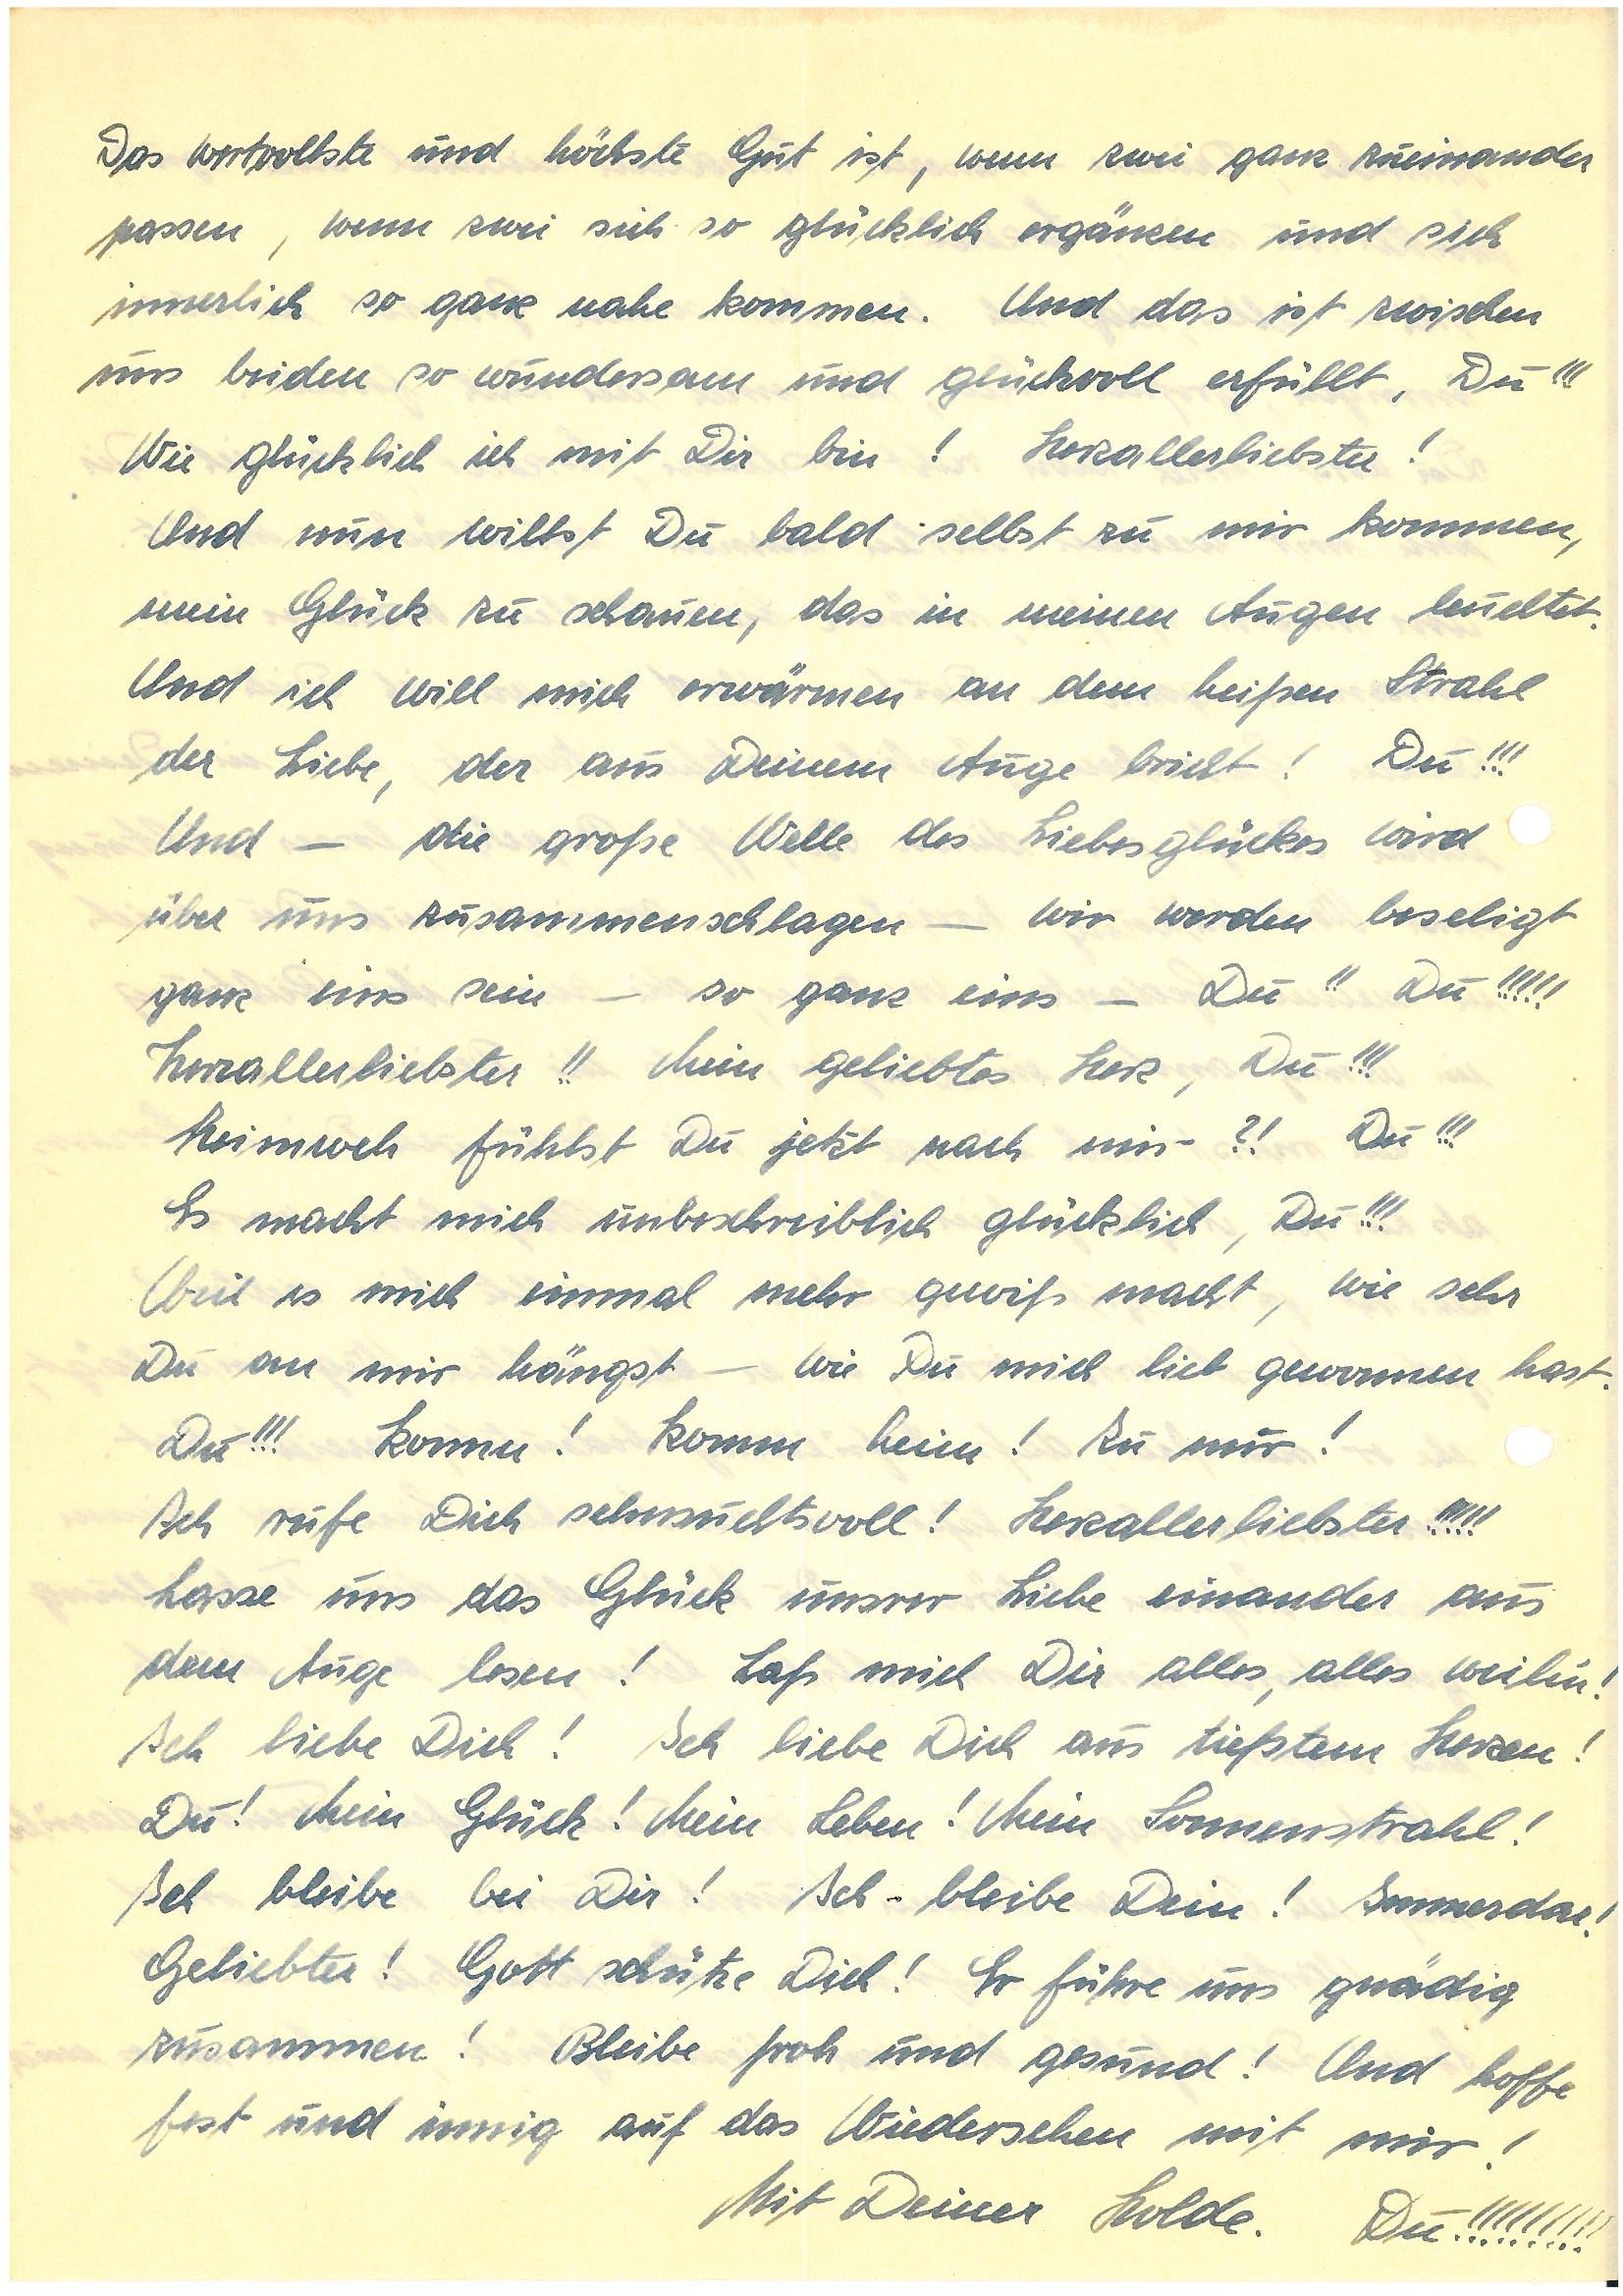
Das wertvollste und höchste Gut ist, wenn zwei ganz zueinander
passen, wenn sie sich glücklich ergänzen und sich
innerlich so ganz nahe kommen. Und das ist zwischen
uns beiden so wundersam und glückvoll erfüllt, Du!!!
Wie glücklich ich mit Dir bin! Herzallerliebster!
Und nun willst Du bald selbst zu mir kommen,
mein Glück zu schauen, das in meinen Augen leuchtet.
Und ich will mich erwärmen an dem heißen Strahl
der Liebe, der aus Deinen Augen bricht! Du!!!
Und – die große Welle des Liebesglückes wird
über uns zusammenschlagen – wir werden
ganz eins – Du!! Du!!!!!
Herzallerliebster!! Mein geliebtes Herz, Du!!!
Heimweh fühlst Du jetzt nach mir?! Du!!!
Es macht mich unbeschreiblich glücklich, Du!!!
Weil es mich einmal mehr gewiß macht, wie sehr
Du an mir hängst – wie Du mich lieb gewonnen hast.
Du!!! Komm! Komm heim! Zu mir!
Ich rufe Dich sehnsuchtsvoll! Herzallerliebster!!!!!
Lasse uns das Glück unsrer Liebe einander aus
den Augen lesen! Laß mich Dir alles, alles weihn‘!
Ich liebe Dich! Ich liebe Dich aus tiefstem Herzen!
Du! Mein Glück! Mein Leben! Mein Sonnenstrahl!
Ich bleibe bei Dir! Ich bleibe Dein! Immerdar!
Geliebter! Gott schütze Dich! Er führe uns gnädig
zusammen! Bleibe froh und gesund! Und hoffe
fest und innig auf das Wiedersehen mit mir!
Mit Deiner Holde. Du!!!!!!!!!